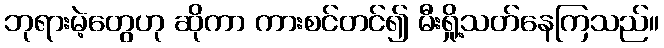
ဘုရားမဲ့တွေဟု ဆိုကာ ကားစင်တင်၍ မီးရှို့သတ်နေကြသည်။